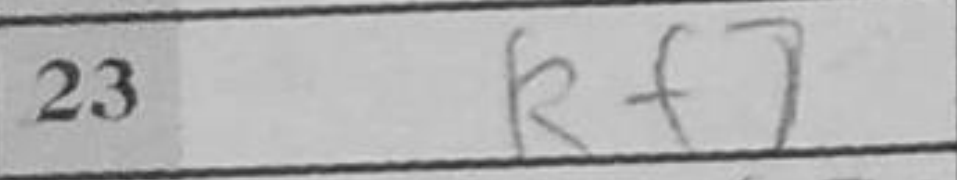
Transcription: Rf7